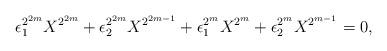
LaTeX: \begin{align*}\epsilon_1^{2^{2m}} X^{2^{2m}}+\epsilon_2^{2^{2m}}X^{2^{2m-1}}+\epsilon_1^{2^m} X^{2^m}+\epsilon_2^{2^m}X^{2^{m-1}}=0,\end{align*}